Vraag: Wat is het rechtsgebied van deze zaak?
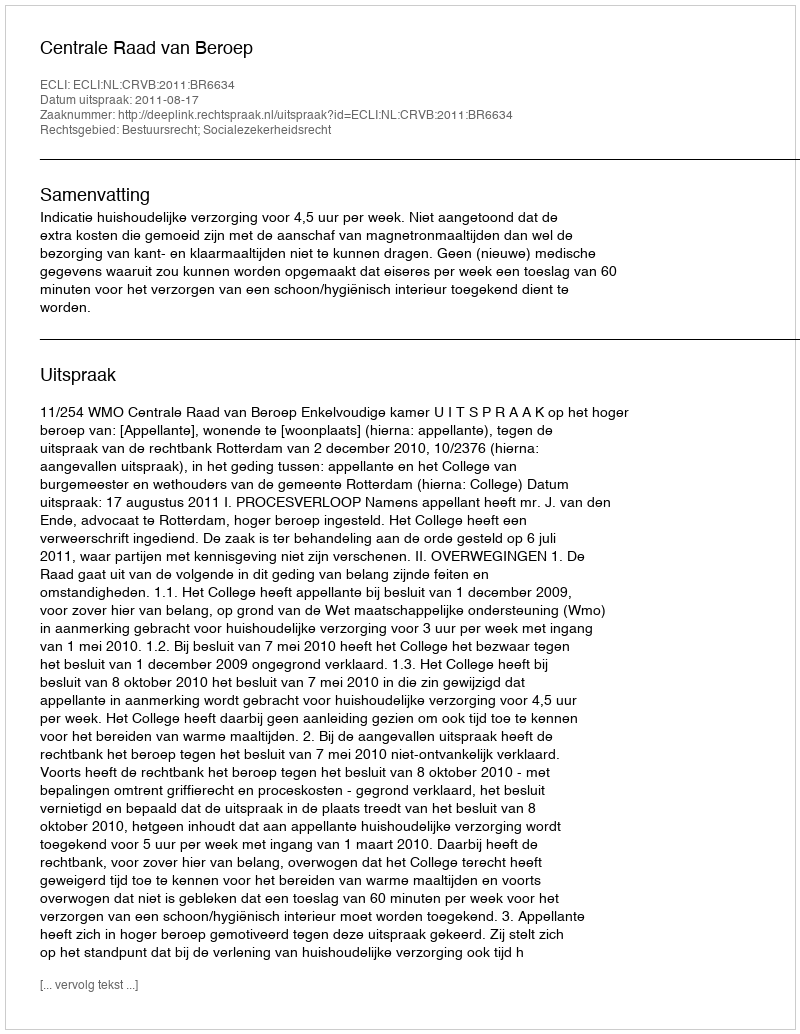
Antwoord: Bestuursrecht; Socialezekerheidsrecht